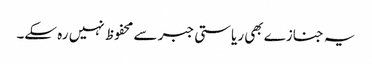
یہ جنازے بھی ریاستی جبر سے محفوظ نہیں رہ سکے۔